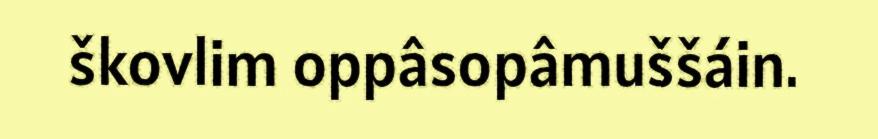
škovlim oppâsopâmuššáin.